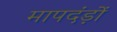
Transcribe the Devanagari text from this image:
मापदंड़ों